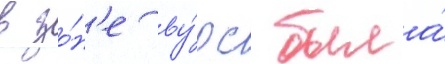
в зо́н'е ву́рс была́